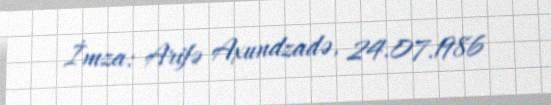
İmza: Arifə Axundzadə, 24.07.1986